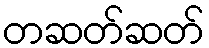
တဆတ်ဆတ်